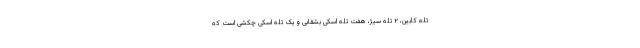
تله کابین، ۲ تله سیژ، هفت تله اسکی بشقابی و یک تله اسکی چکشی است که